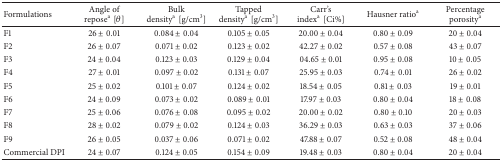
<table><thead><tr><td><b>Formulations</b></td><td><b>Angle of repose<sup>a</sup>[<i>θ</i>]</b></td><td><b>Bulk density<sup>a</sup>[g/cm<sup>3</sup>]</b></td><td><b>Tapped density<sup>a</sup>[g/cm<sup>3</sup>]</b></td><td><b>Carr&#x27;s index<sup>a</sup>[Ci%]</b></td><td><b>Hausner ratio<sup>a</sup></b></td><td><b>Percentage porosity<sup>a</sup></b></td></tr></thead><tbody><tr><td>F1</td><td>26 ± 0.01</td><td>0.084 ± 0.04</td><td>0.105 ± 0.05</td><td>20.00 ± 0.04</td><td>0.80 ± 0.09</td><td>20 ± 0.04 </td></tr><tr><td>F2</td><td>26 ± 0.07</td><td>0.071 ± 0.02</td><td>0.123 ± 0.02</td><td>42.27 ± 0.02</td><td>0.57 ± 0.08</td><td>43 ± 0.07</td></tr><tr><td>F3</td><td>24 ± 0.04</td><td>0.123 ± 0.03</td><td>0.129 ± 0.04</td><td>04.65 ± 0.01</td><td>0.95 ± 0.08</td><td>10 ± 0.05</td></tr><tr><td>F4</td><td>27 ± 0.01</td><td>0.097 ± 0.02</td><td>0.131 ± 0.07</td><td>25.95 ± 0.03</td><td>0.74 ± 0.01</td><td>26 ± 0.02</td></tr><tr><td>F5</td><td>25 ± 0.02</td><td>0.101 ± 0.07</td><td>0.124 ± 0.02</td><td>18.54 ± 0.05</td><td>0.81 ± 0.03</td><td>19 ± 0.01</td></tr><tr><td>F6</td><td>24 ± 0.09</td><td>0.073 ± 0.02</td><td>0.089 ± 0.01</td><td>17.97 ± 0.03</td><td>0.80 ± 0.04</td><td>18 ± 0.08</td></tr><tr><td>F7</td><td>25 ± 0.06</td><td>0.076 ± 0.08</td><td>0.095 ± 0.02</td><td>20.00 ± 0.02</td><td>0.80 ± 0.10</td><td>20 ± 0.03</td></tr><tr><td>F8</td><td>28 ± 0.02</td><td>0.079 ± 0.02</td><td>0.124 ± 0.03</td><td>36.29 ± 0.03</td><td>0.63 ± 0.03</td><td>37 ± 0.06</td></tr><tr><td>F9</td><td>26 ± 0.05</td><td>0.037 ± 0.06</td><td>0.071 ± 0.02</td><td>47.88 ± 0.07</td><td>0.52 ± 0.08</td><td>48 ± 0.04</td></tr><tr><td>Commercial DPI</td><td>24 ± 0.07</td><td>0.124 ± 0.05</td><td>0.154 ± 0.09</td><td>19.48 ± 0.03</td><td>0.80 ± 0.04</td><td>20 ± 0.04</td></tr></tbody></table>